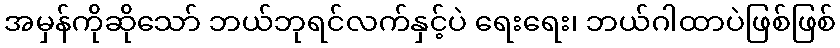
အမှန်ကိုဆိုသော် ဘယ်ဘုရင်လက်နှင့်ပဲ ရေးရေး၊ ဘယ်ဂါထာပဲဖြစ်ဖြစ်